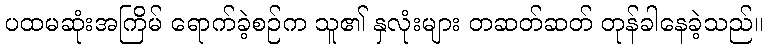
ပထမဆုံးအကြိမ် ရောက်ခဲ့စဉ်က သူ၏ နှလုံးများ တဆတ်ဆတ် တုန်ခါနေခဲ့သည်။